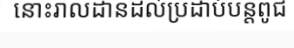
នោះរាលដានដល់ប្រដាប់បន្តពូជ